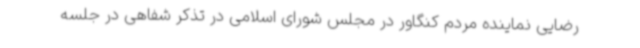
رضایی نماینده مردم کنگاور در مجلس شورای اسلامی در تذکر شفاهی در جلسه